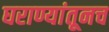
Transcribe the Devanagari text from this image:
घराण्यांतूनच